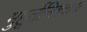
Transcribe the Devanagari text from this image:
मुहूर्तनिश्चय